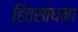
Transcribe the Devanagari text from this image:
हितसाधना